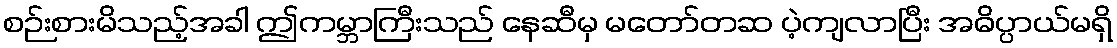
စဉ်းစားမိသည့်အခါ ဤကမ္ဘာကြီးသည် နေဆီမှ မတော်တဆ ပဲ့ကျလာပြီး အဓိပ္ပာယ်မရှိ